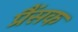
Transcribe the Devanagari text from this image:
प्रैंसक